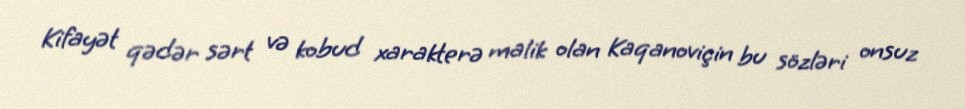
Kifayət qədər sərt və kobud xarakterə malik olan Kaqanoviçin bu sözləri onsuz